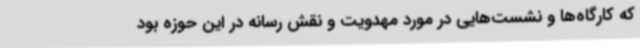
که کارگاه‌ها و نشست‌هایی در مورد مهدویت و نقش رسانه در این حوزه بود